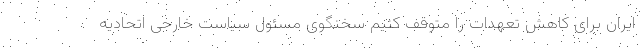
ایران برای کاهش تعهدات را متوقف کنیم سخنگوی مسئول سیاست خارجی اتحادیه